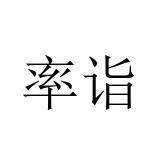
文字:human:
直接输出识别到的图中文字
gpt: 率诣